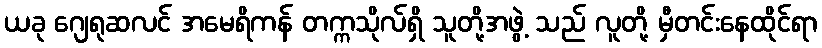
ယခု ဂျေရုဆလင် အမေရိကန် တက္ကသိုလ်ရှိ သူတို့အဖွဲ့ သည် လူတို့ မှီတင်းနေထိုင်ရာ